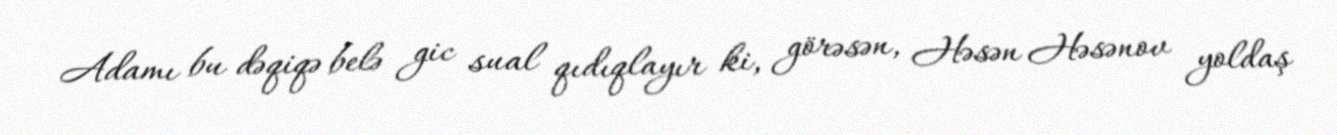
Adamı bu dəqiqə belə gic sual qıdıqlayır ki, görəsən, Həsən Həsənov yoldaş